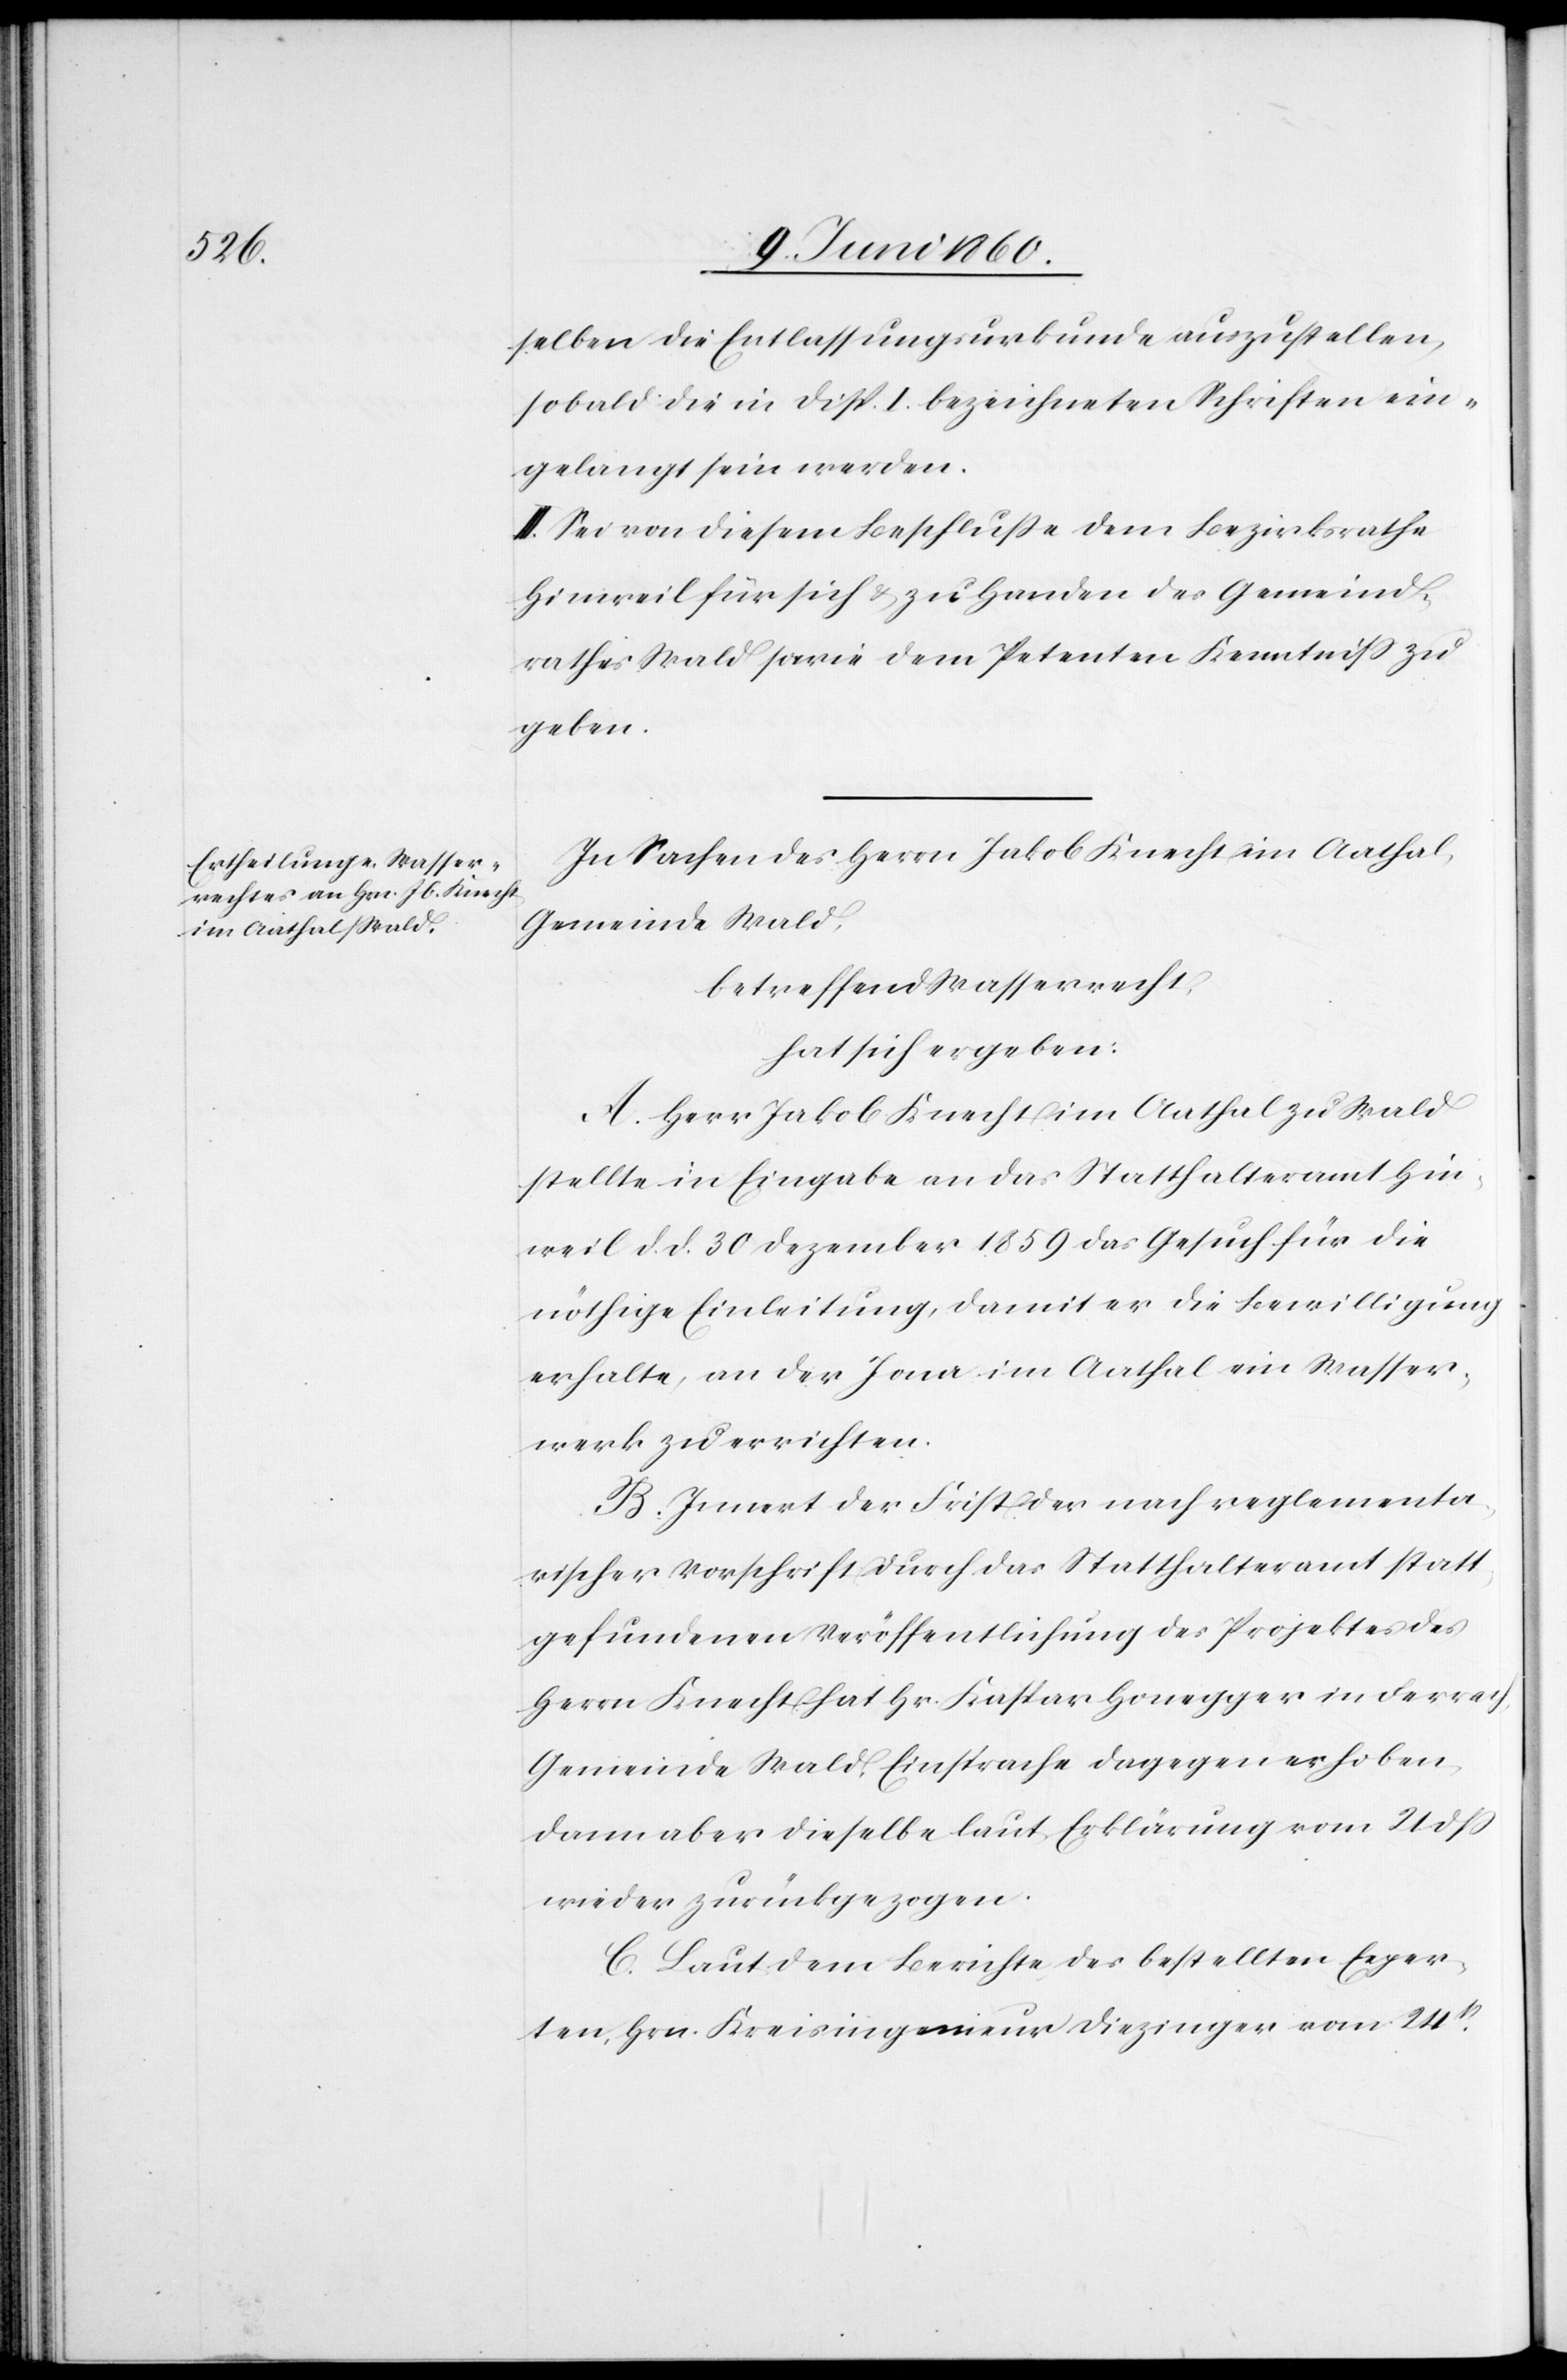
selben [sic!] die Entlassungsurkunde auszustellen,
sobald die in Disp. I. bezeichneten Schriften ein¬
gelangt sein werden.
II. Sei von diesem Beschlusse dem Bezirksrathe
Hinweil für sich u. zu Handen des Gemeind¬
rathes Wald sowie dem Petenten Kenntniss zu
geben.
In Sachen des Herrn Jakob Knecht im Aathal,
Gemeinde Wald,
betreffend Wasserrecht,
hat sich ergeben:
A. Herr Jakob Knecht im Aathal zu Wald
stellte in Eingabe an das Statthalteramt Hin¬
weil d. d. 30. Dezember 1859 das Gesuch für die
nöthige Einleitung, damit er die Bewilligung
erhalte, an der Jona im Aathal ein Wasser¬
werk zu errichten.
B. Innert der Frist der nach reglementa¬
rischer Vorschrift durch das Statthalteramt statt
gefundenen Veröffentlichung des Projektes des
Herrn Knecht hat Hr. Kaspar Honegger in Ferrach,
Gemeinde Wald, Einsprache dagegen erhoben,
dann aber dieselbe laut Erklärung vom 21. dß
wieder zurückgezogen.
C. Laut dem Berichte des bestellten Exper¬
ten, Hrn. Kreisingenieur Diezinger vom 24t